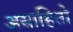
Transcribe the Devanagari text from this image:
असाहितो